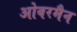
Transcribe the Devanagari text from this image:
ओवरमैन